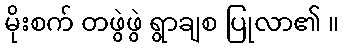
မိုးစက် တဖွဲဖွဲ ရွာချစ ပြုလာ၏ ။